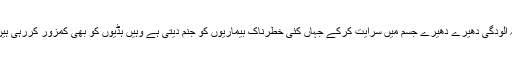
یہ آلودگی دھیرے دھیرے جسم میں سرایت کرکے جہاں کئی خطرناک بیماریوں کو جنم دیتی ہے وہیں ہڈیوں کو بھی کمزور کررہی ہیں۔